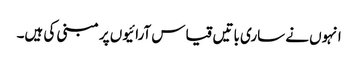
انہوں نے ساری باتیں قیاس آرائیوں پر مبنی کی ہیں۔